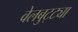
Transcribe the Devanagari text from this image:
वेलबुट्ट्या